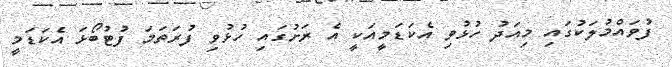
ފުވައްމުލަކުގައި މިއަދު ހުޅުވި އެކަޑަމީއަކީ އެ ރަށުގައި ހުޅުވި ފުރަތަމަ ފުޓުބޯޅަ އެކަޑަމީ